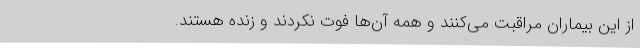
از این بیماران مراقبت می‌کنند و همه آن‌ها فوت نکردند و زنده هستند.